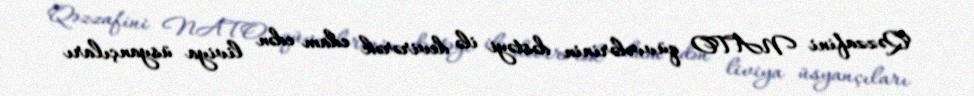
Qəzzafini NATO qüvvələrinin dəstəyi ilə devirərək edam edən liviya üsyançıları